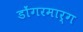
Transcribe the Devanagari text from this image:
डोंगरमार्ग